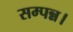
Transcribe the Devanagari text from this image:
सम्पन्न।